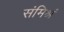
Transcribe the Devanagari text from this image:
संमिश्रं